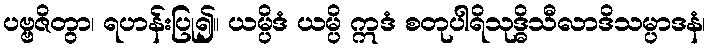
ပဗ္ဗဇိတွာ၊ ရဟန်းပြု၍။ ယမ္ပိဒံ ယမ္ပိ ဣဒံ စတုပါရိသုဒ္ဓိသီလာဒိသမ္ပာဒနံ၊